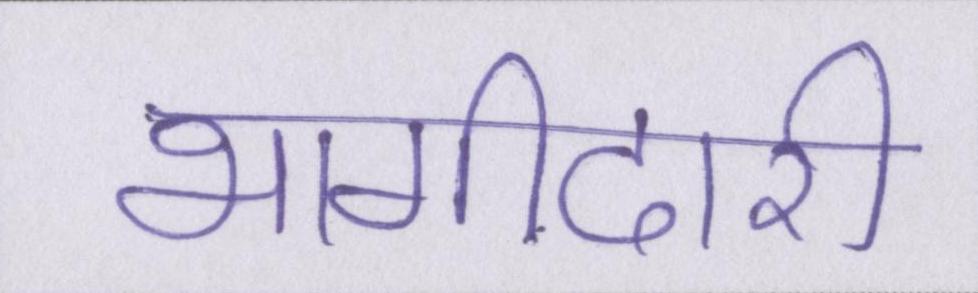
भागीदारी